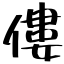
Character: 僂